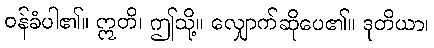
ဝန်ခံပါ၏။ ဣတိ၊ ဤသို့။ လျှောက်ဆိုပေ၏။ ဒုတိယာ၊